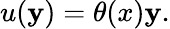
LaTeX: u(\mathbf{y})=\theta(x)\mathbf{y}.